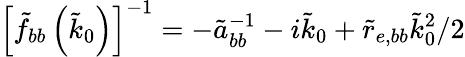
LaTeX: \left[\tilde{f}_{bb}\left(\tilde{k}_{0}\right)\right]^{-1}=-\tilde{a}_{bb}^{-1}-i\tilde{k}_{0}+\tilde{r}_{e,bb}\tilde{k}_{0}^{2}/2